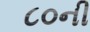
૮૦ની